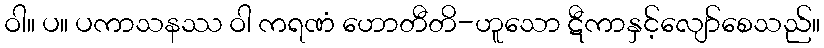
ဝါ။ ပ။ ပကာသနဿ ဝါ ကရဏံ ဟောတီတိ-ဟူသော ဋီကာနှင့်လျော်စေသည်။